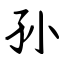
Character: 孙